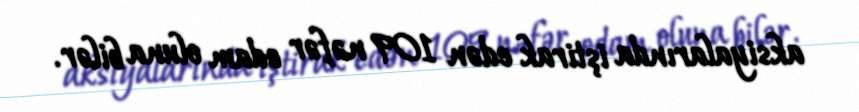
aksiyalarında iştirak edən 109 nəfər edam oluna bilər.